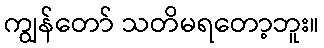
ကျွန်တော် သတိမရတော့ဘူး။